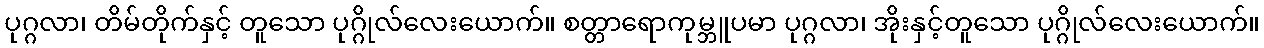
ပုဂ္ဂလာ၊ တိမ်တိုက်နှင့် တူသော ပုဂ္ဂိုလ်လေးယောက်။ စတ္တာရောကုမ္ဘူပမာ ပုဂ္ဂလာ၊ အိုးနှင့်တူသော ပုဂ္ဂိုလ်လေးယောက်။